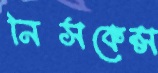
নিসকেন্স